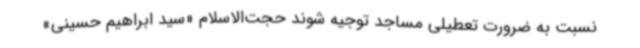
نسبت به ضرورت تعطیلی مساجد توجیه شوند حجت‌الاسلام «سید ابراهیم حسینی»